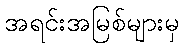
အရင်းအမြစ်များမှ